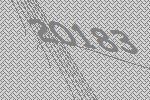
20183